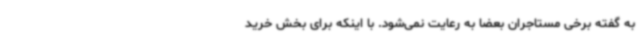
به گفته برخی مستاجران بعضاً به رعایت نمی‌شود. با اینکه برای بخش خرید